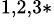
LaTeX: ^{1,2,3*}